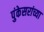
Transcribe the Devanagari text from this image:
पुंकेसरांच्या